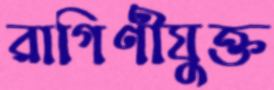
রাগিণীযুক্ত